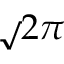
\sqrt Ḋ 2 Ḍ \pi